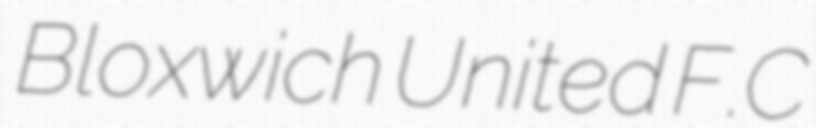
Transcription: Bloxwich United F.C